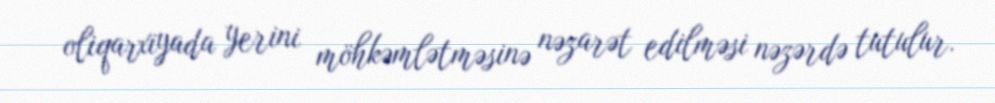
oliqarxiyada yerini möhkəmlətməsinə nəzarət edilməsi nəzərdə tutulur.